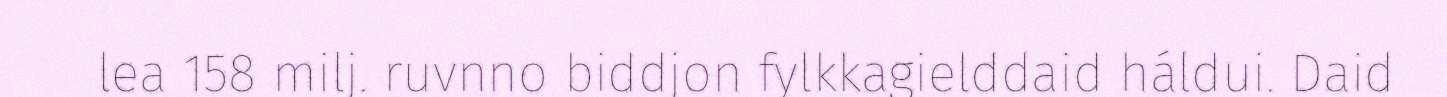
lea 158 milj. ruvnno biddjon fylkkagielddaid háldui. Daid